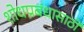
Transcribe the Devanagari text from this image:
शोधप्रबंधासाठी